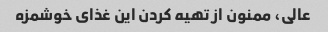
عالی، ممنون از تهیه کردن این غذای خوشمزه